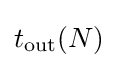
t_{\text{out}}(N)